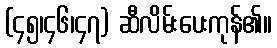
(၄၅၊၄၆၊၄၇) ဆီလိမ်းပေးကုန်၏။